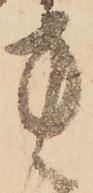
方